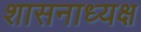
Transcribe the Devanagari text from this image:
शासनाध्‍यक्ष